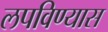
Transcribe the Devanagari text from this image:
लपविण्यास